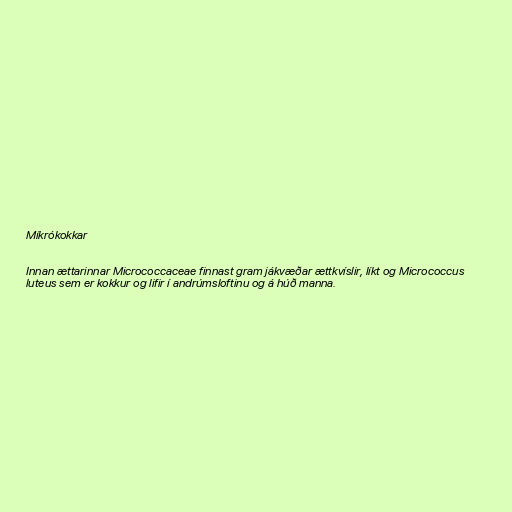
Míkrókokkar

Innan ættarinnar Micrococcaceae finnast gram jákvæðar ættkvíslir, líkt og Micrococcus
luteus sem er kokkur og lifir í andrúmsloftinu og á húð manna.